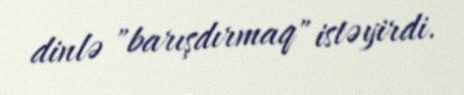
dinlə "barışdırmaq" istəyirdi.